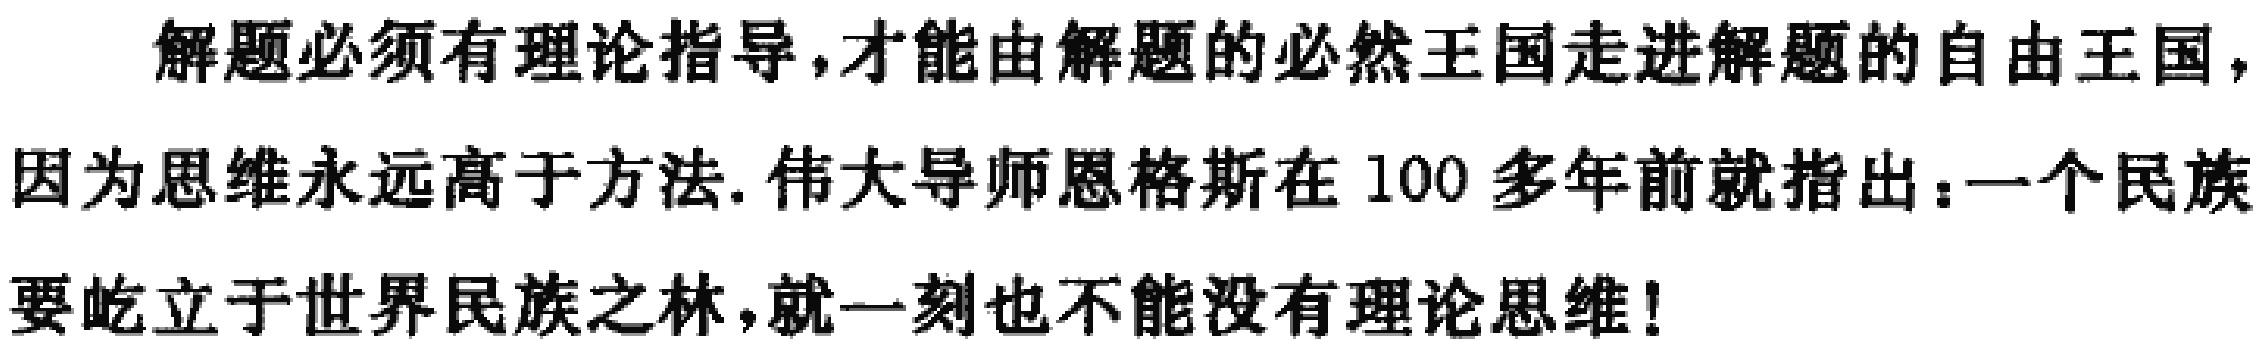
解题必须有理论指导，才能由解题的必然王国走进解题的自由王国，因为思维永远高于方法. 伟大导师恩格斯在100多年前就指出：一个民族要屹立于世界民族之林，就一刻也不能没有理论思维！